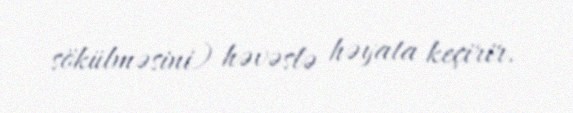
sökülməsini) həvəslə həyata keçirir.